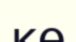
кө